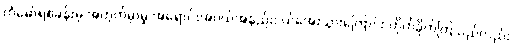
ကံမော်ရဲစခန်းမှ အတွက်မှာမူ အရောင်းအဝယ်အနည်းငယ်အေးသွားကြောင်း တိုက်ခိုက်ကြသည်လည်း